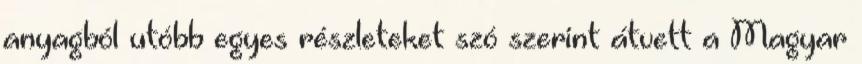
anyagból utóbb egyes részleteket szó szerint átvett a Magyar